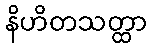
နိဟိတသတ္ထာ